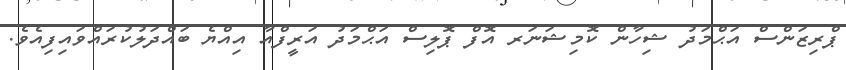
ޕްރިޒަންސް އަޙްމަދު ޝިހާން ކޮމިޝަނަރ އޮފް ޕޮލިސް އަޙްމަދު އަރީފްއާ އިއްޔެ ބައްދަލުކުރައްވައިފިއެވެ.